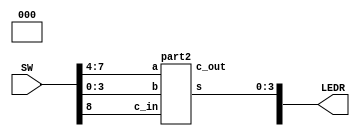
module mux(LEDR, SW);
    input [9:0] SW;
    output [9:0] LEDR;

    part2 u0(
        .a(SW[7:4]),
        .b(SW[3:0]),
        .c_in(SW[8]),
	.s(LEDR[3:0]),
	.c_out(LEDR[9:6])
        );
    assign LEDR[8] = 0;
    assign LEDR[7] = 0;
    assign LEDR[6] = 0;
endmodule


module part2(a, b, c_in, s, c_out);
	// This is a four-bit ripple-carry adder
	input [3:0] a;
	input [3:0] b;
	input c_in;
	output [3:0] s;
	output [3:0] c_out; 
	
	full_adder u0(
		.a(a[0]),
		.b(b[0]),
		.c_in(c_in),
		.s(s[0]),
		.c_out(c_out[0])
		);
	
	full_adder u1(
		.a(a[1]),
		.b(b[1]),
		.c_in(c_out[0]),
		.s(s[1]),
		.c_out(c_out[1])
		);
	
	full_adder u2(
		.a(a[2]),
		.b(b[2]),
		.c_in(c_out[1]),
		.s(s[2]),
		.c_out(c_out[2])
		);
	
	full_adder u3(
		.a(a[3]),
		.b(b[3]),
		.c_in(c_out[2]),
		.s(s[3]),
		.c_out(c_out[3])
		);

endmodule


module full_adder(a, b, c_in, s, c_out);
	// This will be instantiated four times
	input a;
	input b;
	input c_in;
	output s;
	output c_out;
	assign s = a ^ b ^ c_in; // ^ is XOR
	assign c_out = (a&b) | (a&c_in) | (b&c_in);
endmodule